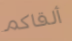
ألقاكم